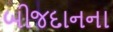
બીજદાનના